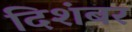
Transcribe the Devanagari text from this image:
दिशंबर